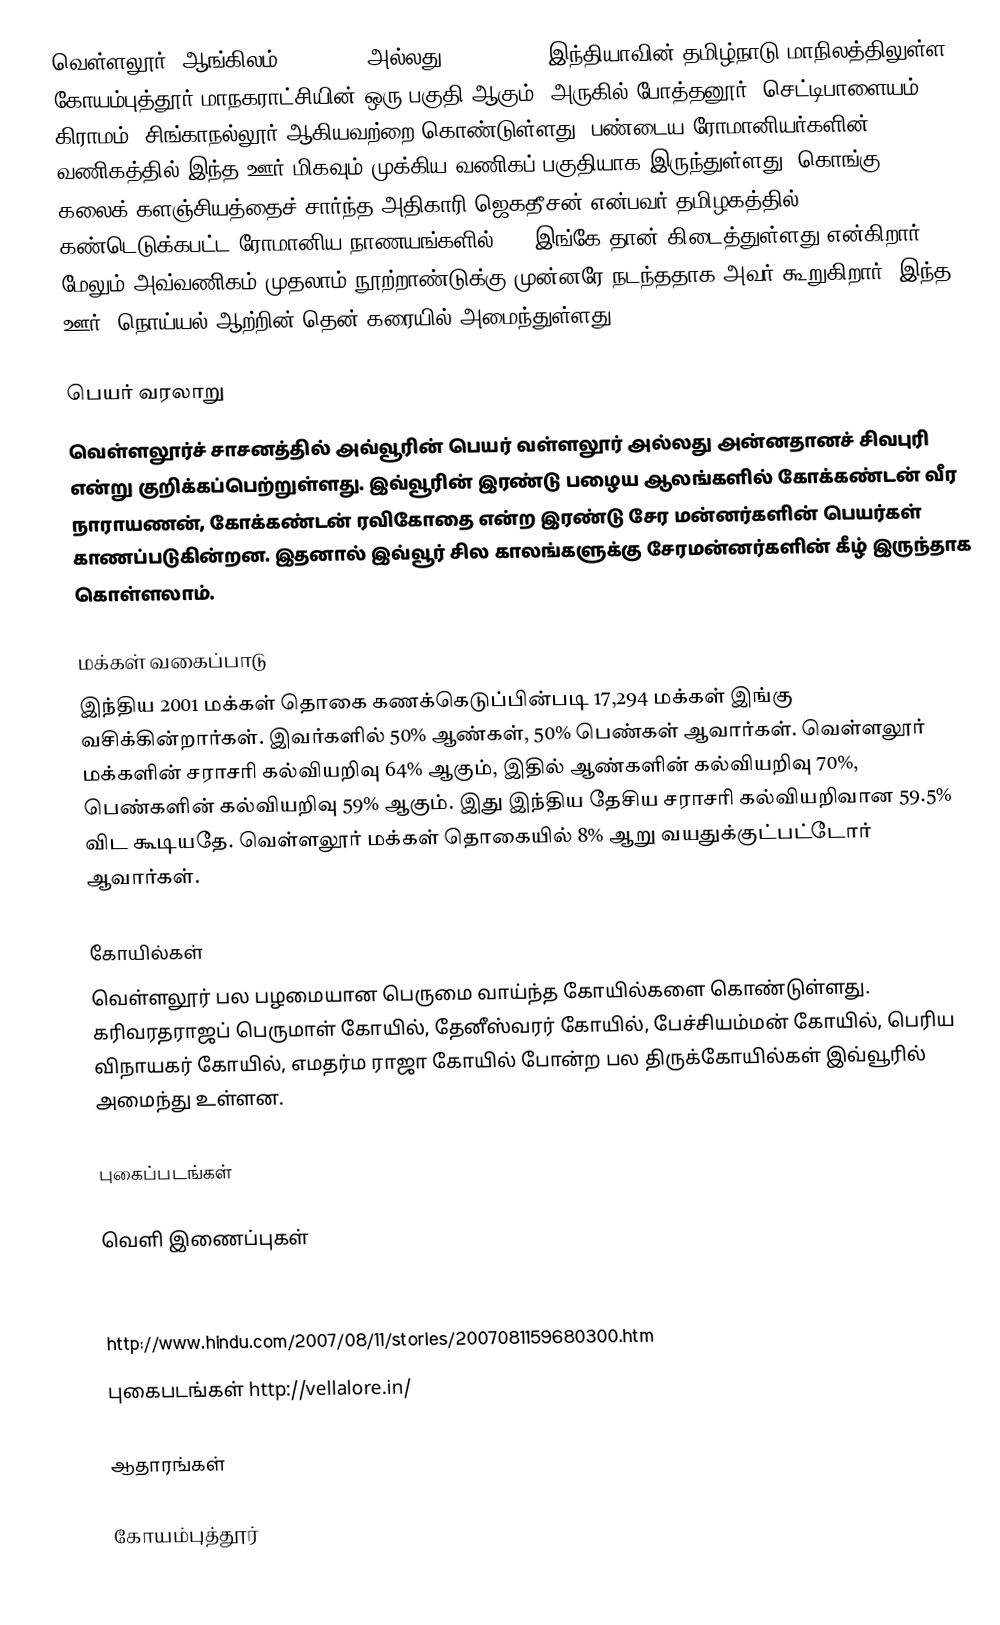
வெள்ளலூர் (ஆங்கிலம்: Vellalur அல்லது Vellalore), இந்தியாவின் தமிழ்நாடு மாநிலத்திலுள்ள கோயம்புத்தூர் மாநகராட்சியின் ஒரு  பகுதி ஆகும். அருகில் போத்தனூர், செட்டிபாளையம் கிராமம், சிங்காநல்லூர் ஆகியவற்றை கொண்டுள்ளது. பண்டைய ரோமானியர்களின் வணிகத்தில் இந்த ஊர் மிகவும் முக்கிய வணிகப் பகுதியாக இருந்துள்ளது. கொங்கு கலைக் களஞ்சியத்தைச் சார்ந்த அதிகாரி ஜெகதீசன் என்பவர் தமிழகத்தில் கண்டெடுக்கபட்ட ரோமானிய நாணயங்களில் 80% இங்கே தான் கிடைத்துள்ளது என்கிறார். மேலும் அவ்வணிகம் முதலாம் நூற்றாண்டுக்கு முன்னரே நடந்ததாக அவர் கூறுகிறார். இந்த ஊர், நொய்யல் ஆற்றின் தென் கரையில் அமைந்துள்ளது.

பெயர் வரலாறு
வெள்ளலூர்ச் சாசனத்தில் அவ்வூரின் பெயர் வள்ளலூர் அல்லது அன்னதானச் சிவபுரி என்று குறிக்கப்பெற்றுள்ளது. இவ்வூரின் இரண்டு பழைய ஆலங்களில் கோக்கண்டன் வீர நாராயணன், கோக்கண்டன் ரவிகோதை என்ற இரண்டு சேர மன்னர்களின் பெயர்கள் காணப்படுகின்றன. இதனால் இவ்வூர் சில காலங்களுக்கு சேரமன்னர்களின் கீழ் இருந்தாக கொள்ளலாம்.

மக்கள் வகைப்பாடு
இந்திய 2001 மக்கள் தொகை கணக்கெடுப்பின்படி 17,294 மக்கள் இங்கு வசிக்கின்றார்கள். இவர்களில் 50% ஆண்கள், 50% பெண்கள் ஆவார்கள். வெள்ளலூர் மக்களின் சராசரி கல்வியறிவு 64% ஆகும்,  இதில் ஆண்களின் கல்வியறிவு 70%,  பெண்களின் கல்வியறிவு 59% ஆகும். இது இந்திய தேசிய சராசரி கல்வியறிவான 59.5% விட கூடியதே. வெள்ளலூர் மக்கள் தொகையில் 8%  ஆறு வயதுக்குட்பட்டோர் ஆவார்கள்.

கோயில்கள்
வெள்ளலூர் பல பழமையான பெருமை வாய்ந்த கோயில்களை கொண்டுள்ளது. கரிவரதராஜப் பெருமாள் கோயில், தேனீஸ்வரர் கோயில், பேச்சியம்மன் கோயில், பெரிய விநாயகர் கோயில், எமதர்ம ராஜா கோயில் போன்ற பல திருக்கோயில்கள் இவ்வூரில் அமைந்து உள்ளன.

புகைப்படங்கள்

வெளி இணைப்புகள்

Vellalore on Facebook
http://www.hindu.com/2007/08/11/stories/2007081159680300.htm
 புகைபடங்கள்  http://vellalore.in/

ஆதாரங்கள்

கோயம்புத்தூர்